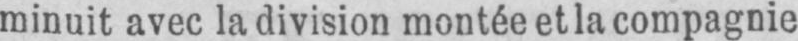
minuit avec la division montée et la compagnie